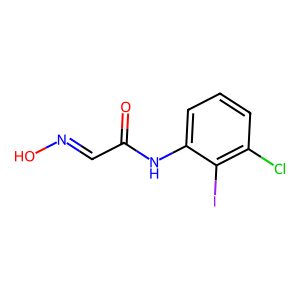
SMILES: O=C(C=NO)Nc1cccc(Cl)c1I
Inhibits HIV replication: No